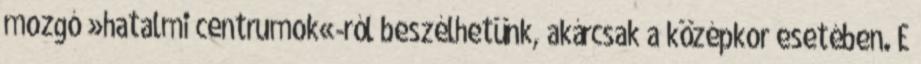
mozgó »hatalmi centrumok«-ról beszélhetünk, akárcsak a középkor esetében. E